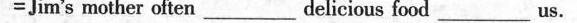
=Jim's mother often___delicious food___us.